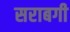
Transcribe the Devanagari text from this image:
सराबगी